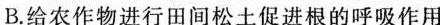
B.给农作物进行田间松土促进根的呼吸作用